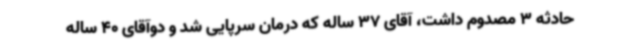
حادثه 3 مصدوم داشت، آقای 37 ساله که درمان سرپایی شد و دوآقای 40 ساله